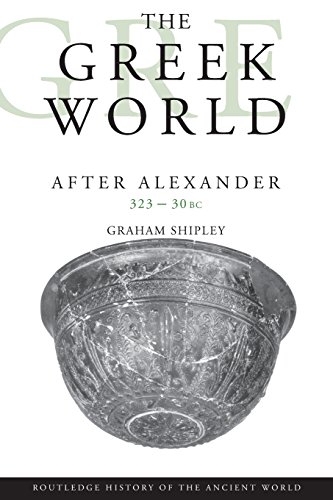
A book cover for The Greek World After Alexander 323-30 BC (The Routledge History of the Ancient World); Graham Shipley; History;